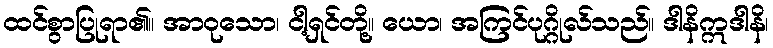
ထင်စွာပြုရာ၏။ အာဝုသော၊ ငါ့ရှင်တို့။ ယော၊ အကြင်ပုဂ္ဂိုလ်သည်။ ဒါနိဣဒါနိ၊